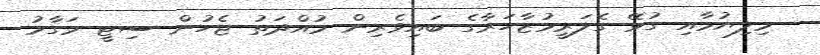
މިލިޔުމާއި ގުޅޭ ގެލަރީމުޒާހަރާގެ ބައިވެރިން މުއްދަތު ޖެހުން ސިޓީ މަގާމު